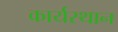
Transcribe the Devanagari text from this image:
कार्यस्‍थान